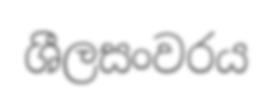
ශීලසංවරය